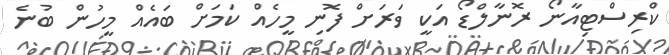
ކްރިސްޓިއާނޯ ރޮނާލްޑޯ އަކީ ވަރަށް ފޮނި މީހެއް ކަމަށް ބައެއް މީހުން ބުނެ